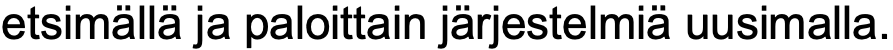
etsimällä ja paloittain järjestelmiä uusimalla.